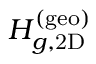
H _ { g , \mathrm { 2 D } } ^ { ( \mathrm { g e o ) } }